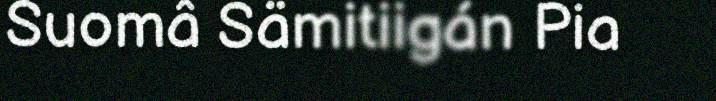
Suomâ Sämitiigán Pia